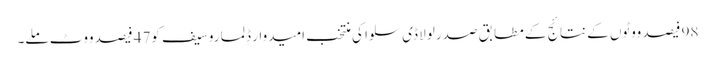
98 فیصد ووٹوں کے نتائج کے مطابق صدر لولا ڈی سلوا کی منتخب امیدوار ڈِلما روسیف کو47 فیصد ووٹ ملے۔